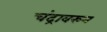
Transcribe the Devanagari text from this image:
चंद्रावरुन